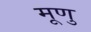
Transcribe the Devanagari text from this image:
मूणु